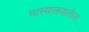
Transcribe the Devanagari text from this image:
मत्स्यालयातील